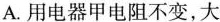
A.用电器甲电阻不变，大